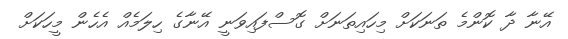
އޭނާ ދާ ކޮންމެ ތަނަކަށް މިހައިތަނަށް ގޮސްފައިވަނީ އޭނާގެ ހިލަމެއް އެހެން މީހަކަށް